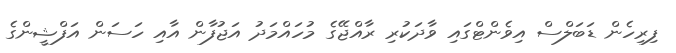
ފިރިހެން ޑަބަލްސް އިވެންޓްގައި ވާދަކުރި ރާއްޖޭގެ މުހައްމަދު އަޖުފާން އާއި ހަސަން އަފްޝީންގެ